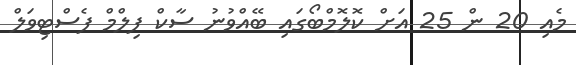
މެއި 20 ން 25 އަށް ކޮލޮމްބޯގައި ބޭއްވުނު ސާކް ފިލްމް ފެސްޓިވަލް